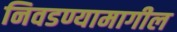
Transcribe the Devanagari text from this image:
निवडण्यामागील